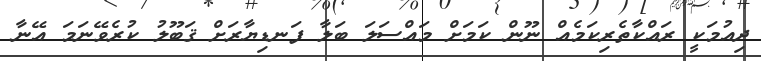
ދިއުމަކީ ރައްކާތެރިކަމެއް ނޫން ކަމަށް މައްސަލަ ބަލާ ފަނޑިޔާރަށް ޤަބޫލު ކުރެވޭނަމަ އޭނާ